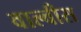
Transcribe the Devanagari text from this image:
वाल्वीस